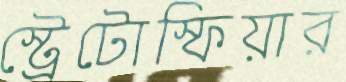
স্ট্রেটোস্ফিয়ার